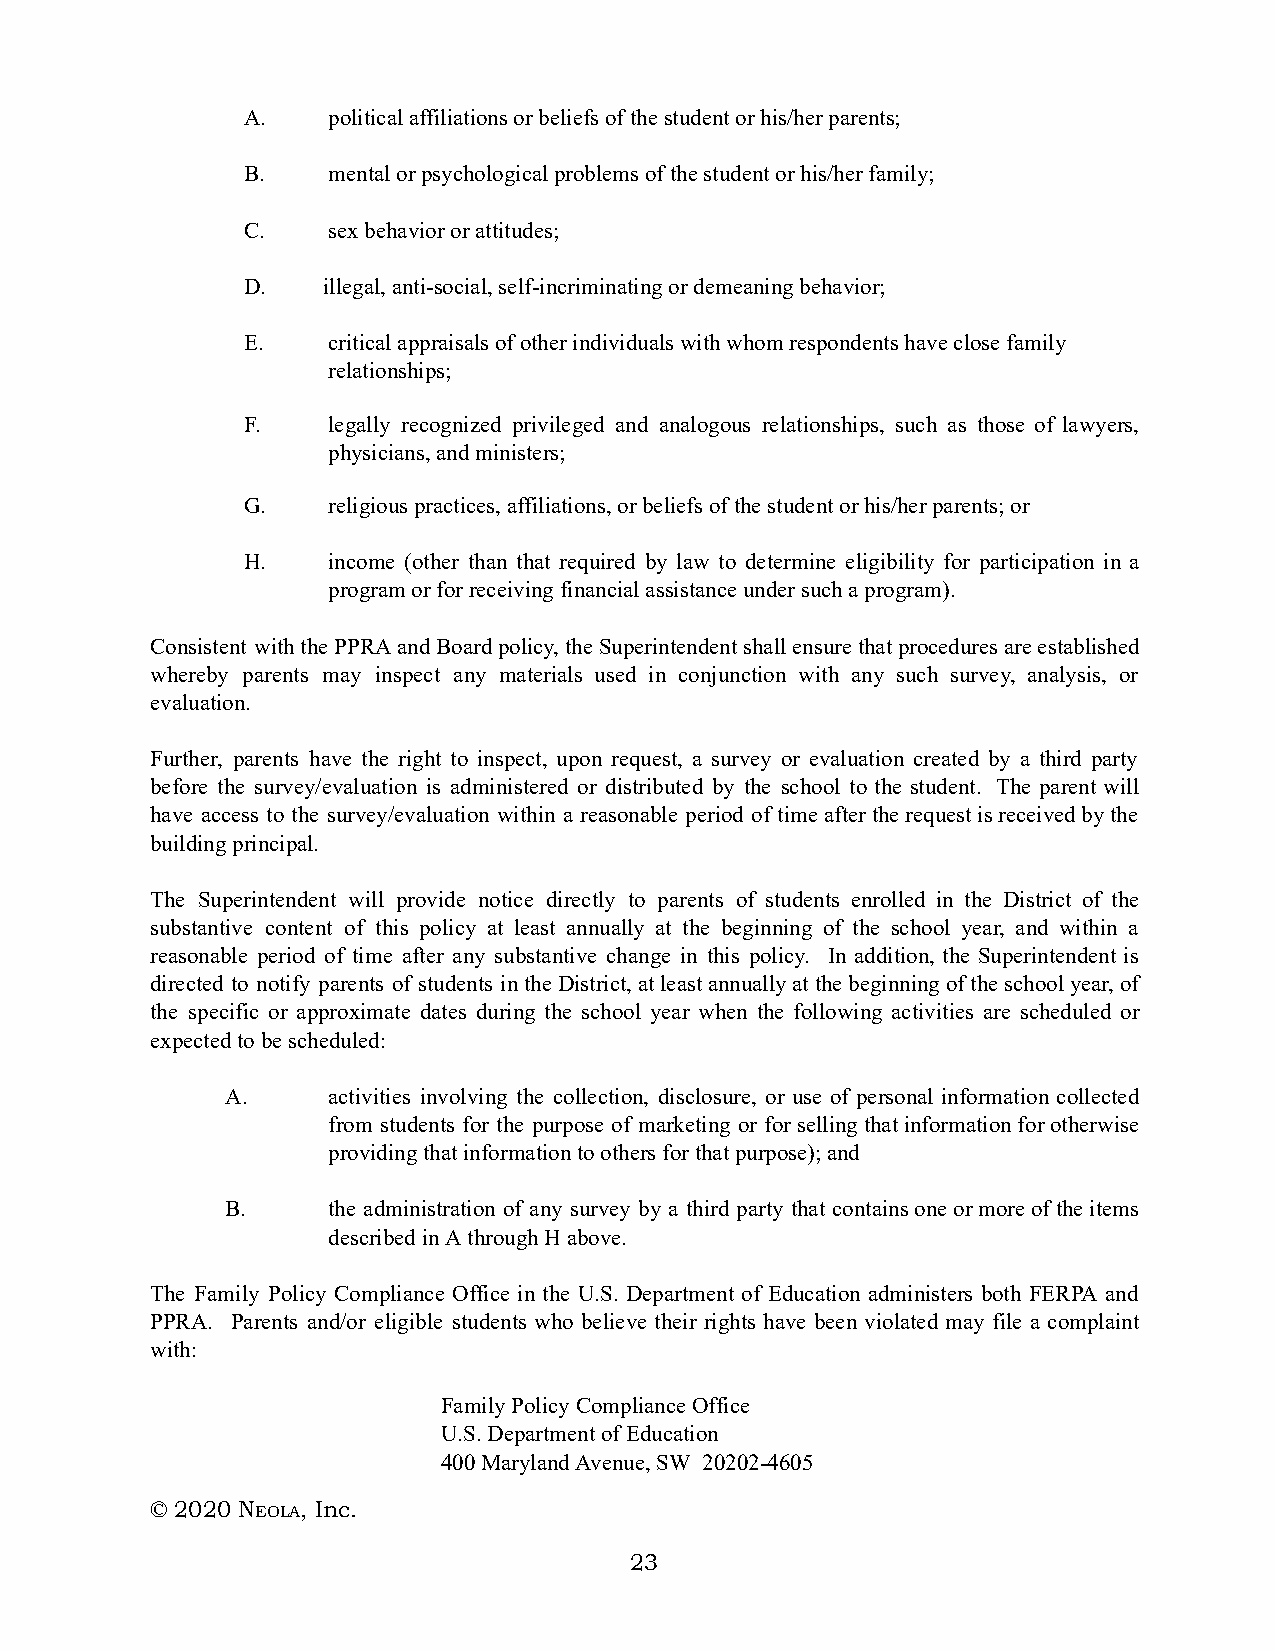
A.    political affiliations or beliefs of the student or his/her parents;
 B.    mental or psychological problems of the student or his/her family;
 C.    sex behavior or attitudes;
 D.   illegal, anti-social, self-incriminating or demeaning behavior;
 E.    critical appraisals of other individuals with whom respondents have close family
 relationships;
 F.    legally recognized privileged and analogous relationships, such as those of lawyers,
 physicians, and ministers;
 G.    religious practices, affiliations, or beliefs of the student or his/her parents; or
 H.    income (other than that required by law to determine eligibility for participation in a
 program or for receiving financial assistance under such a program).
 Consistent with the PPRA and Board policy, the Superintendent shall ensure that procedures are established
 whereby parents may inspect any materials used in conjunction with any such survey, analysis, or
 evaluation.
 Further, parents have the right to inspect, upon request, a survey or evaluation created by a third party
 before the survey/evaluation is administered or distributed by the school to the student. The parent will
 have access to the survey/evaluation within a reasonable period of time after the request is received by the
 building principal.
 The Superintendent will provide notice directly to parents of students enrolled in the District of the
 substantive content of this policy at least annually at the beginning of the school year, and within a
 reasonable period of time after any substantive change in this policy. In addition, the Superintendent is
 directed to notify parents of students in the District, at least annually at the beginning of the school year, of
 the specific or approximate dates during the school year when the following activities are scheduled or
 expected to be scheduled:
 A.     activities involving the collection, disclosure, or use of personal information collected
 from students for the purpose of marketing or for selling that information for otherwise
 providing that information to others for that purpose); and
 B.     the administration of any survey by a third party that contains one or more of the items
 described in A through H above.
 The Family Policy Compliance Office in the U.S. Department of Education administers both FERPA and
 PPRA. Parents and/or eligible students who believe their rights have been violated may file a complaint
 with:
 Family Policy Compliance Office
 U.S. Department of Education
 400 Maryland Avenue, SW 20202-4605
 © 2020 NE OLA, Inc.
 23